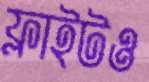
ফ্লাইটও